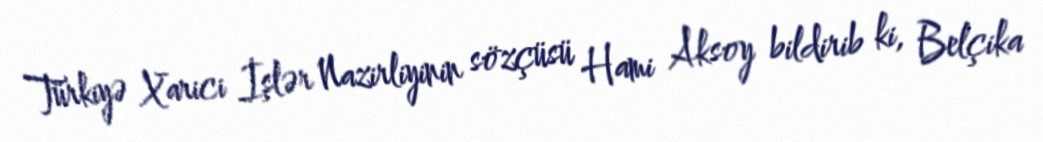
Türkiyə Xarici İşlər Nazirliyinin sözçüsü Hami Aksoy bildirib ki, Belçika